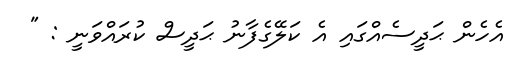
އެހެން ޙަދީސެއްގައި އެ ކަލޭގެފާނު ޙަދީސް ކުރައްވަނީ : "